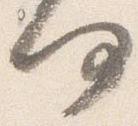
何